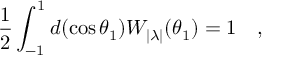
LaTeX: { \frac { 1 } { 2 } } \int _ { - 1 } ^ { 1 } d ( \cos \theta _ { 1 } ) W _ { | \lambda | } ( \theta _ { 1 } ) = 1 ~ ~ ~ ,